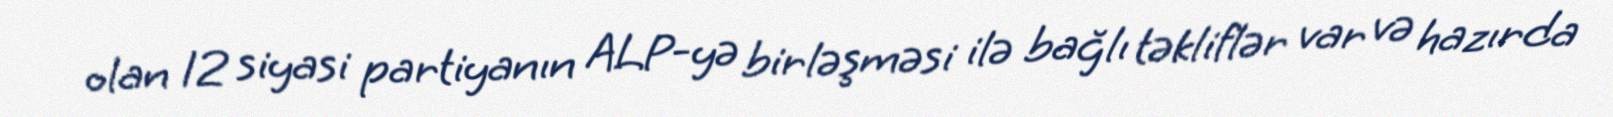
olan 12 siyasi partiyanın ALP-yə birləşməsi ilə bağlı təkliflər var və hazırda